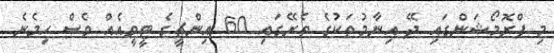
މި ޕްރޮމޯޝަންގައި ދޭ އިނާމުތަކުގެ ތެރޭގައި 60 އިންޗީގެ ޓީވީއެއް ވެސް ހިމެނެ